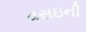
વસઇની